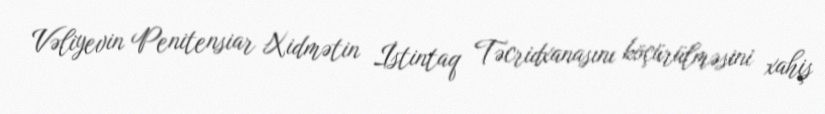
Vəliyevin Penitensiar Xidmətin İstintaq Təcridxanasını köçürülməsini xahiş